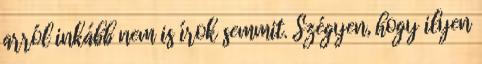
arról inkább nem is írok semmit. Szégyen, hogy ilyen